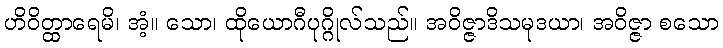
ဟိဝိတ္ထာရေမိ၊ အံ့။ သော၊ ထိုယောဂီပုဂ္ဂိုလ်သည်။ အဝိဇ္ဇာဒိသမုဒယာ၊ အဝိဇ္ဇာ စသော